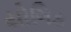
યોગિક